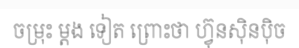
ចម្រុះ ម្តង ទៀត ព្រោះថា ហ្វ៊ុនស៊ិនប៉ិច